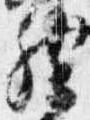
然